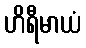
ဟိရီမာယံ